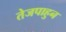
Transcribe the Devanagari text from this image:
तेजपाहुन